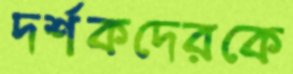
দর্শকদেরকে